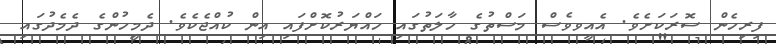
ފިރިހެން ސޮރަކަށެވެ. އެއީވވެސް މަސްތުގެ ހާލަތުގައި ހައްޔަރުކޮށްފައި އިން ކުއްޖެކެވެ. ދެމީހުންގެ ދެމެދުގައި